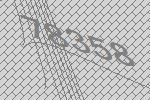
78358